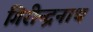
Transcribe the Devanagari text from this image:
गिरीन्द्रनाथ